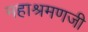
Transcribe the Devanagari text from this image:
महाश्रमणजी